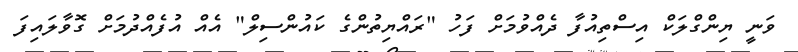
ވަނީ ޔިންގްލަކް އިސްތިއުފާ ދެއްވުމަށް ފަހު "ރައްޔިތުންގެ ކައުންސިލް" އެއް އުފެއްދުމަށް ގޮވާލައިފަ